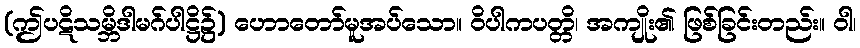
(ဤပဋိသမ္ဘိဒါမဂ်ပါဋ္ဌိ၌) ဟောတော်မူအပ်သော။ ဝိပါကပတ္တိ၊ အကျိုး၏ ဖြစ်ခြင်းတည်း။ ဝါ၊